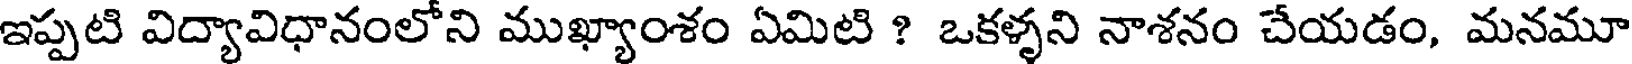
ఇప్పటి విద్యావిధానంలోని ముఖ్యాంశం ఏమిటి ? ఒకళ్ళని నాశనం చేయడం, మనమూ